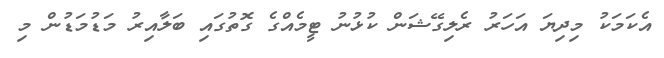
އެކަމަކު މިދިޔަ އަހަރު ރެލިގޭޝަން ކުޅުނު ޓީމެއްގެ ގޮތުގަަައި ބަލާއިރު މަޑުމަޑުން މި